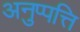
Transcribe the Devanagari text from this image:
अनुप्पत्ति